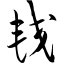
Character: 较